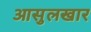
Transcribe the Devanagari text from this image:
आसुलखार